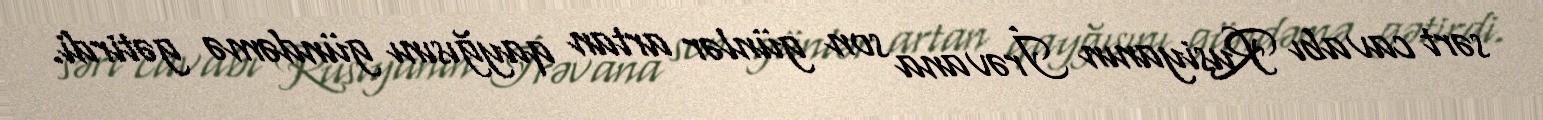
sərt cavabı Rusiyanın İrəvana son günlər artan qayğısını gündəmə gətirdi.